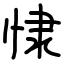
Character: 㥆